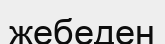
жебеден